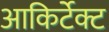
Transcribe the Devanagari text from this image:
आकिर्टेक्ट